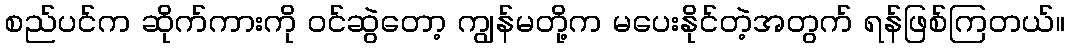
စည်ပင်က ဆိုက်ကားကို ဝင်ဆွဲတော့ ကျွန်မတို့က မပေးနိုင်တဲ့အတွက် ရန်ဖြစ်ကြတယ်။